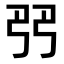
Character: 𠨓